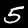
Label: 5